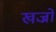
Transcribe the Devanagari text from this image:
खज्रों